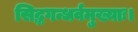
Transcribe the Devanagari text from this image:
सिद्धगन्धर्वमुख्याः।